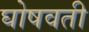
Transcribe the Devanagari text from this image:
घोषवती